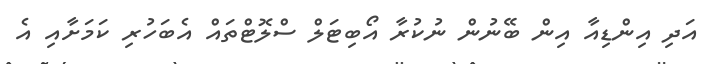
އަދި އިންޑިއާ އިން ބޭނުން ނުކުރާ އޯބިޓަލް ސްލޮޓްތައް އެބަހުރި ކަމަށާއި އެ